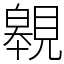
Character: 䚌